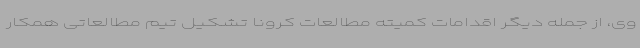
وی، از جمله دیگر اقدامات کمیته مطالعات کرونا تشکیل تیم مطالعاتی همکار